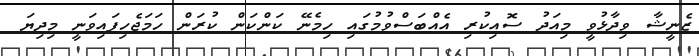
ޒެނީޝާ ވިދާޅުވީ މިއަދު ސޮއިކުރި އެއްބަސްވުމުގައި ހިމެނޭ ކަންކަން ކުރަން ހަމަޖެހިފައިވަނީ މިދިޔަ